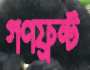
গণফ্রন্ট